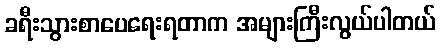
ခရီးသွားစာပေရေးရတာက အများကြီးလွယ်ပါတယ်